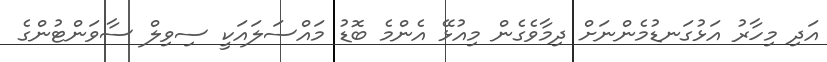
އަދި މިހާރު އަޅުގަނޑުމެންނަށް ދިމާވެގެން މިއުޅޭ އެންމެ ބޮޑު މައްސަލައަކީ ސިވިލް ސާވަންޓުންގެ